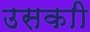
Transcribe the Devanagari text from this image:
उसकाी